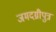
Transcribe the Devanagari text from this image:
जमदग्नीपुत्र